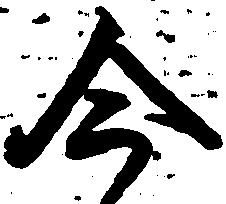
今